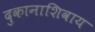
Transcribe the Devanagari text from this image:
दुकानाशिवाय